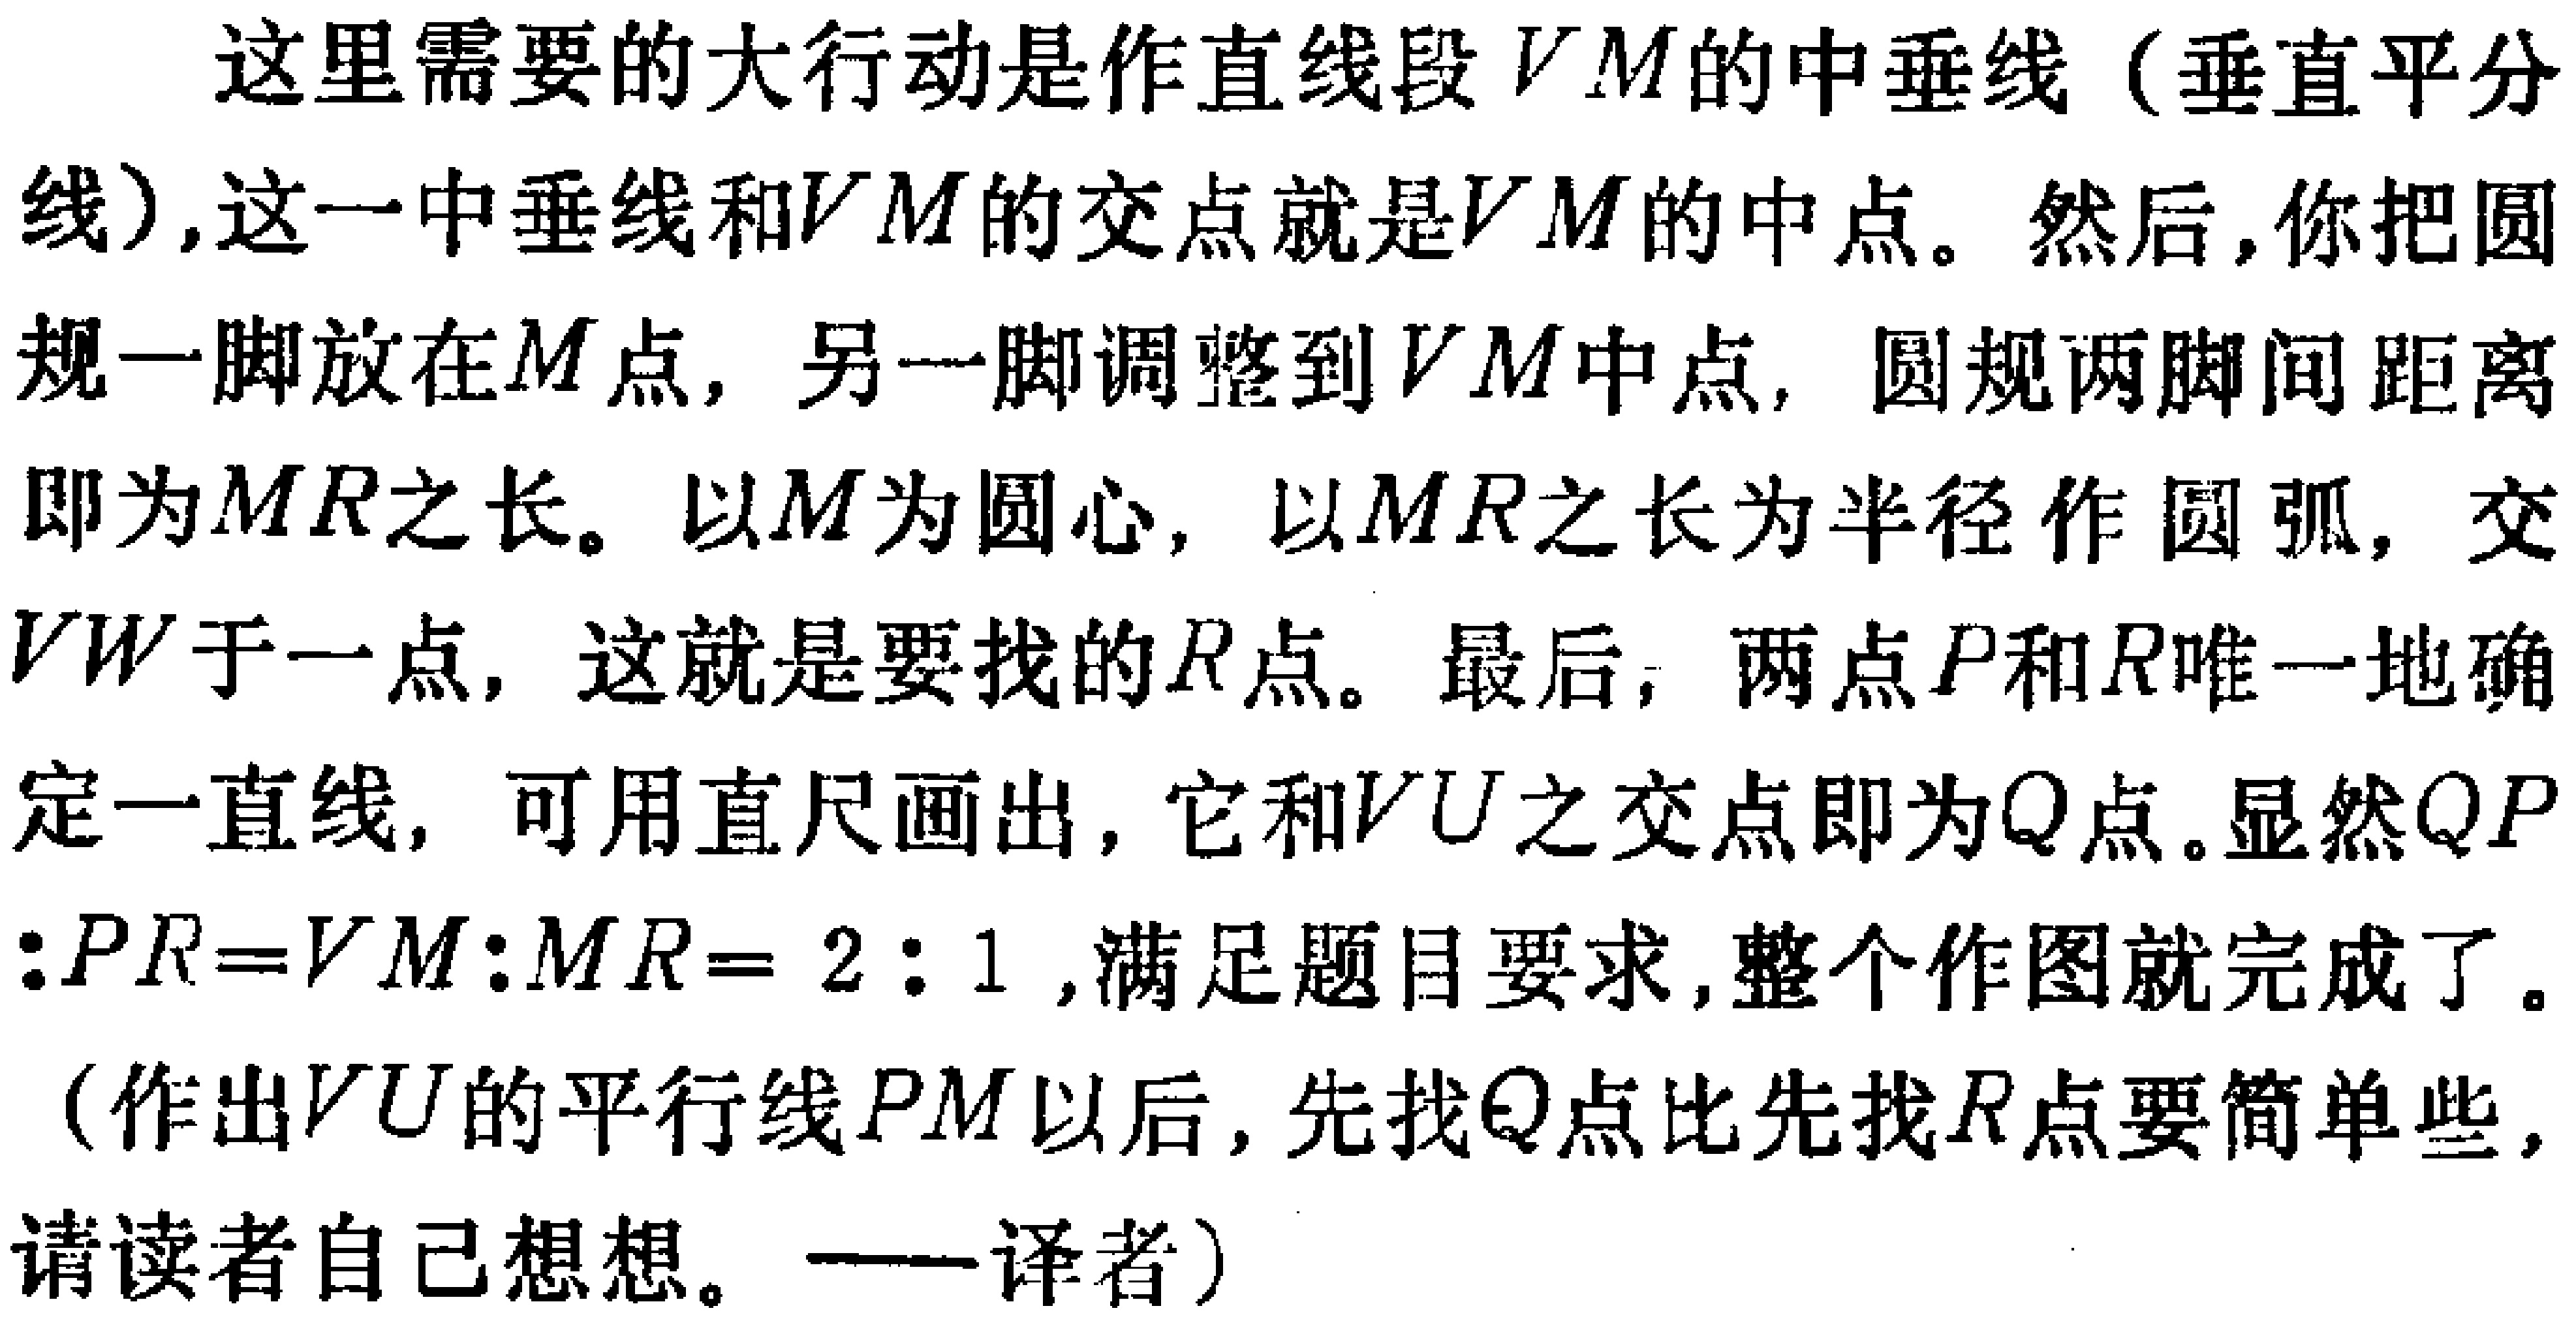
这里需要的大行动是作直线段 \(VM\)的中垂线（垂直平分线）,这一中垂线和\(VM\)的交点就是\(VM\)的中点。然后,你把圆规一脚放在\(M\)点, 另一脚调整到\(VM\)中点, 圆规两脚间距离即为\(MR\)之长。以\(M\)为圆心, 以\(MR\)之长为半径作圆弧, 交\(VW\)于一点, 这就是要找的\(R\)点。最后, 两点\(P\)和\(R\)唯一地确定一直线, 可用直尺画出, 它和\(VU\)之交点即为\(Q\)点。显然\(QP:PR = VM:MR=2:1\),满足题目要求,整个作图就完成了。

（作出\(VU\)的平行线\(PM\)以后,先找\(Q\)点比先找\(R\)点要简单些,请读者自己想想。——译者）